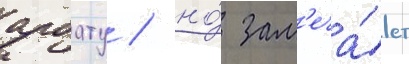
арбату / но́ зам'еча́ет